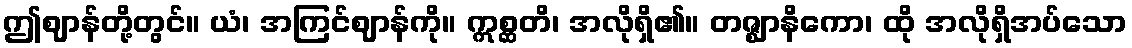
ဤဈာန်တို့တွင်။ ယံ၊ အကြင်ဈာန်ကို။ ဣစ္ဆတိ၊ အလိုရှိ၏။ တဇ္ဈာနိကော၊ ထို အလိုရှိအပ်သော